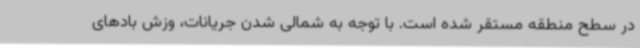
در سطح منطقه مستقر شده است. با توجه به شمالی شدن جریانات، وزش بادهای